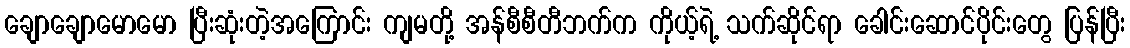
ချောချောမောမော ပြီးဆုံးတဲ့အကြောင်း ကျမတို့ အန်စီစီတီဘက်က ကိုယ့်ရဲ့ သက်ဆိုင်ရာ ခေါင်းဆောင်ပိုင်းတွေ ပြန်ပြီး